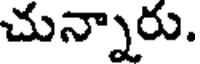
చున్నారు.